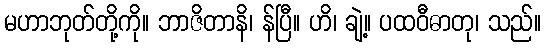
မဟာဘုတ်တို့ကို။ ဘာဇိတာနိ၊ န်ပြီ။ ဟိ၊ ချဲ့။ ပထဝီဓာတု၊ သည်။